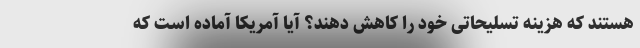
هستند که هزینه تسلیحاتی خود را کاهش دهند؟ آیا آمریکا آماده است که